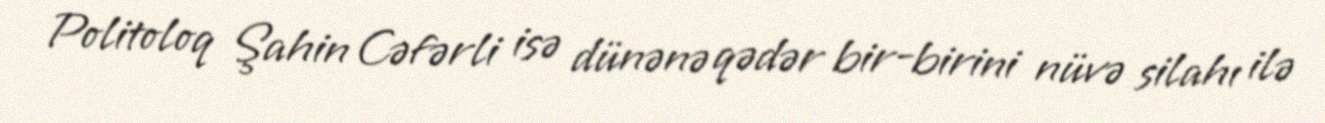
Politoloq Şahin Cəfərli isə dünənə qədər bir-birini nüvə silahı ilə